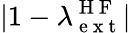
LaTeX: |1-\lambda_{\mathrm{~e~x~t~}}^{\mathrm{~H~F~}}|